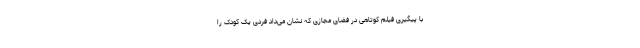
با پیگیری فیلم کوتاهی در فضای مجازی که نشان می‌داد فردی یک کودک را